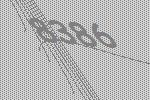
8386